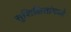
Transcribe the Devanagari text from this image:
सुशिक्षितांमध्ये